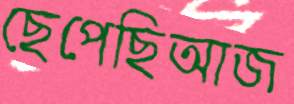
ছেপেছিআজ